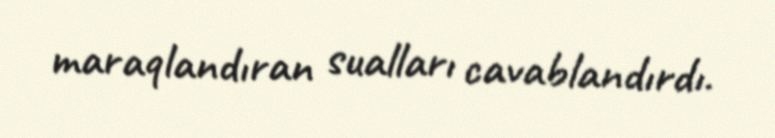
maraqlandıran sualları cavablandırdı.